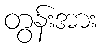
တွန်းအား